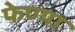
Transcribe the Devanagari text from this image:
फेण्या